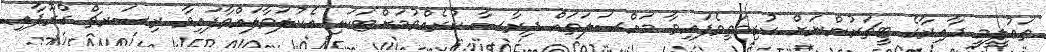
ތަޢުލީމީ ދާއިރާގެ ޓީޗަރުންނަށް ކުރިމަތިވެފައިވާ މައްސަލަތައް ދިރާސާ ކުރެއްވުމަށްޓަކައި އެކުލަވާލައްވާފައިވާ ރިސަރޗް ގްރޫޕާއި